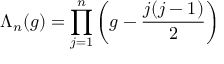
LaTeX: \Lambda _ { n } ( g ) = \prod _ { j = 1 } ^ { n } \left( g - \frac { j ( j - 1 ) } { 2 } \right)